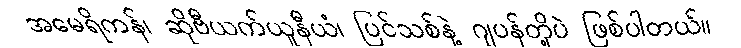
အမေရိကန်၊ ဆိုဗီယက်ယူနီယံ၊ ပြင်သစ်နဲ့ ဂျပန်တို့ပဲ ဖြစ်ပါတယ်။